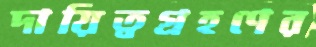
দায়িত্বগ্রহণের